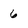
Character: 6